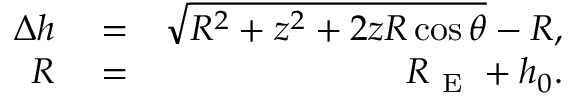
\begin{array} { r l r } { \Delta h } & { { } = } & { \sqrt { R ^ { 2 } + z ^ { 2 } + 2 z R \cos \theta } - R , } \\ { R } & { { } = } & { R _ { \mathrm { ~ E ~ } } + h _ { 0 } . } \end{array}